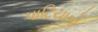
પાટિયાનો